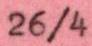
26/4